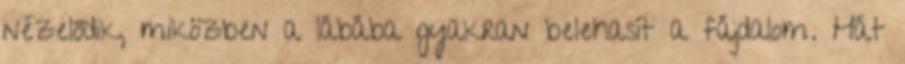
nézelődik, miközben a lábába gyakran belehasít a fájdalom. Hát